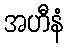
အဟီနံ